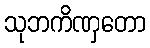
သုဘကိဏှတော